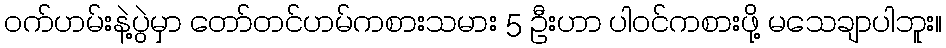
ဝက်ဟမ်းနဲ့ပွဲမှာ တော်တင်ဟမ်ကစားသမား 5 ဦးဟာ ပါဝင်ကစားဖို့ မသေချာပါဘူး။